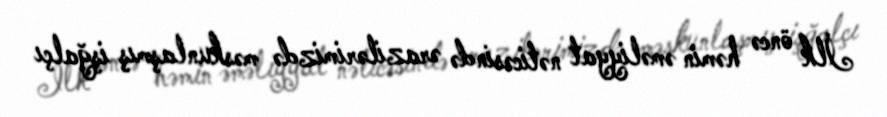
İlk öncə həmin əməliyyat nəticəsində ərazilərimizdə məskunlaşmış işğalçı